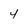
Character: 4